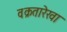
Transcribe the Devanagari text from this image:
वक्रतारेखा